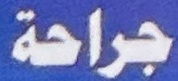
جراحة